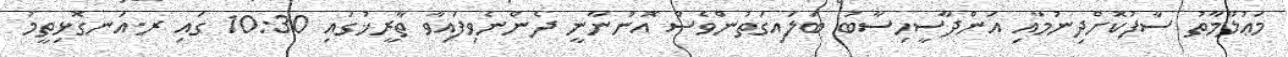
މަޢުލޫމާތު ސާފުކޮށްދިނުމާއި އަންދާސީހިސާބު ބަލައިގަތުންވެސް އޮންނާނީ ދެންނެވިފައިވާ ތާރީޚުގައި 10:30 ގައި ރ.އަނގޮޅިތީމު